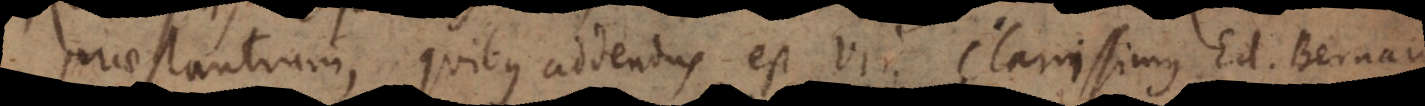
praestantium, quibus addendus est Vir Clarissimus Ed. Bernardu